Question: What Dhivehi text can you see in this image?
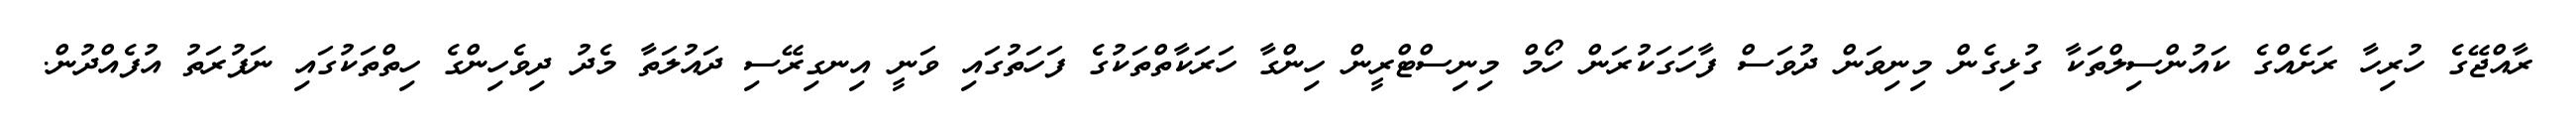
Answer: ރާއްޖޭގެ ހުރިހާ ރަށެއްގެ ކައުންސިލްތަކާ ގުޅިގެން މިނިވަން ދުވަސް ފާހަގަކުރަން ހޯމް މިނިސްޓްރީން ހިންގާ ހަރަކާތްތަކުގެ ފަހަތުގައި ވަނީ އިނގިރޭސި ދައުލަތާ މެދު ދިވެހިންގެ ހިތްތަކުގައި ނަފުރަތު އުފެއްދުން.